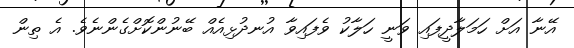
އޭނާ އަށް ހަމަލާދީފައި ވަނީ ހަލާކު ވެފައިވާ އުނދުޅިއެއް ބޭނުންކޮށްގެންނެވެ. އެ ތިން